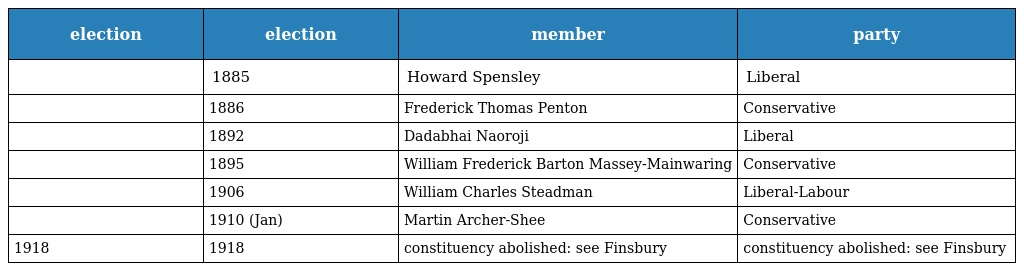
| election | election | member | party |
 | --- | --- | --- | --- |
 |  | 1885 | Howard Spensley | Liberal |
 |  | 1886 | Frederick Thomas Penton | Conservative |
 |  | 1892 | Dadabhai Naoroji | Liberal |
 |  | 1895 | William Frederick Barton Massey-Mainwaring | Conservative |
 |  | 1906 | William Charles Steadman | Liberal-Labour |
 |  | 1910 (Jan) | Martin Archer-Shee | Conservative |
 | 1918 | 1918 | constituency abolished: see Finsbury | constituency abolished: see Finsbury |